画像に写った文字を読んでください
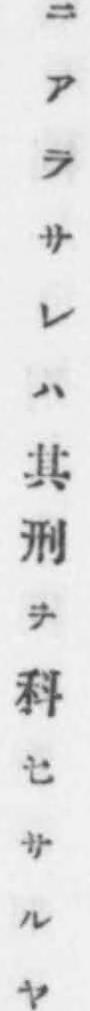
「ニアラサレハ其刑ヲ科セサルヤ」と書いてあります